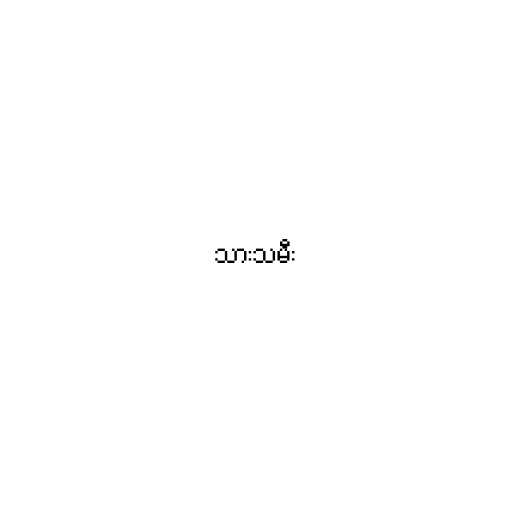
သားသမီး